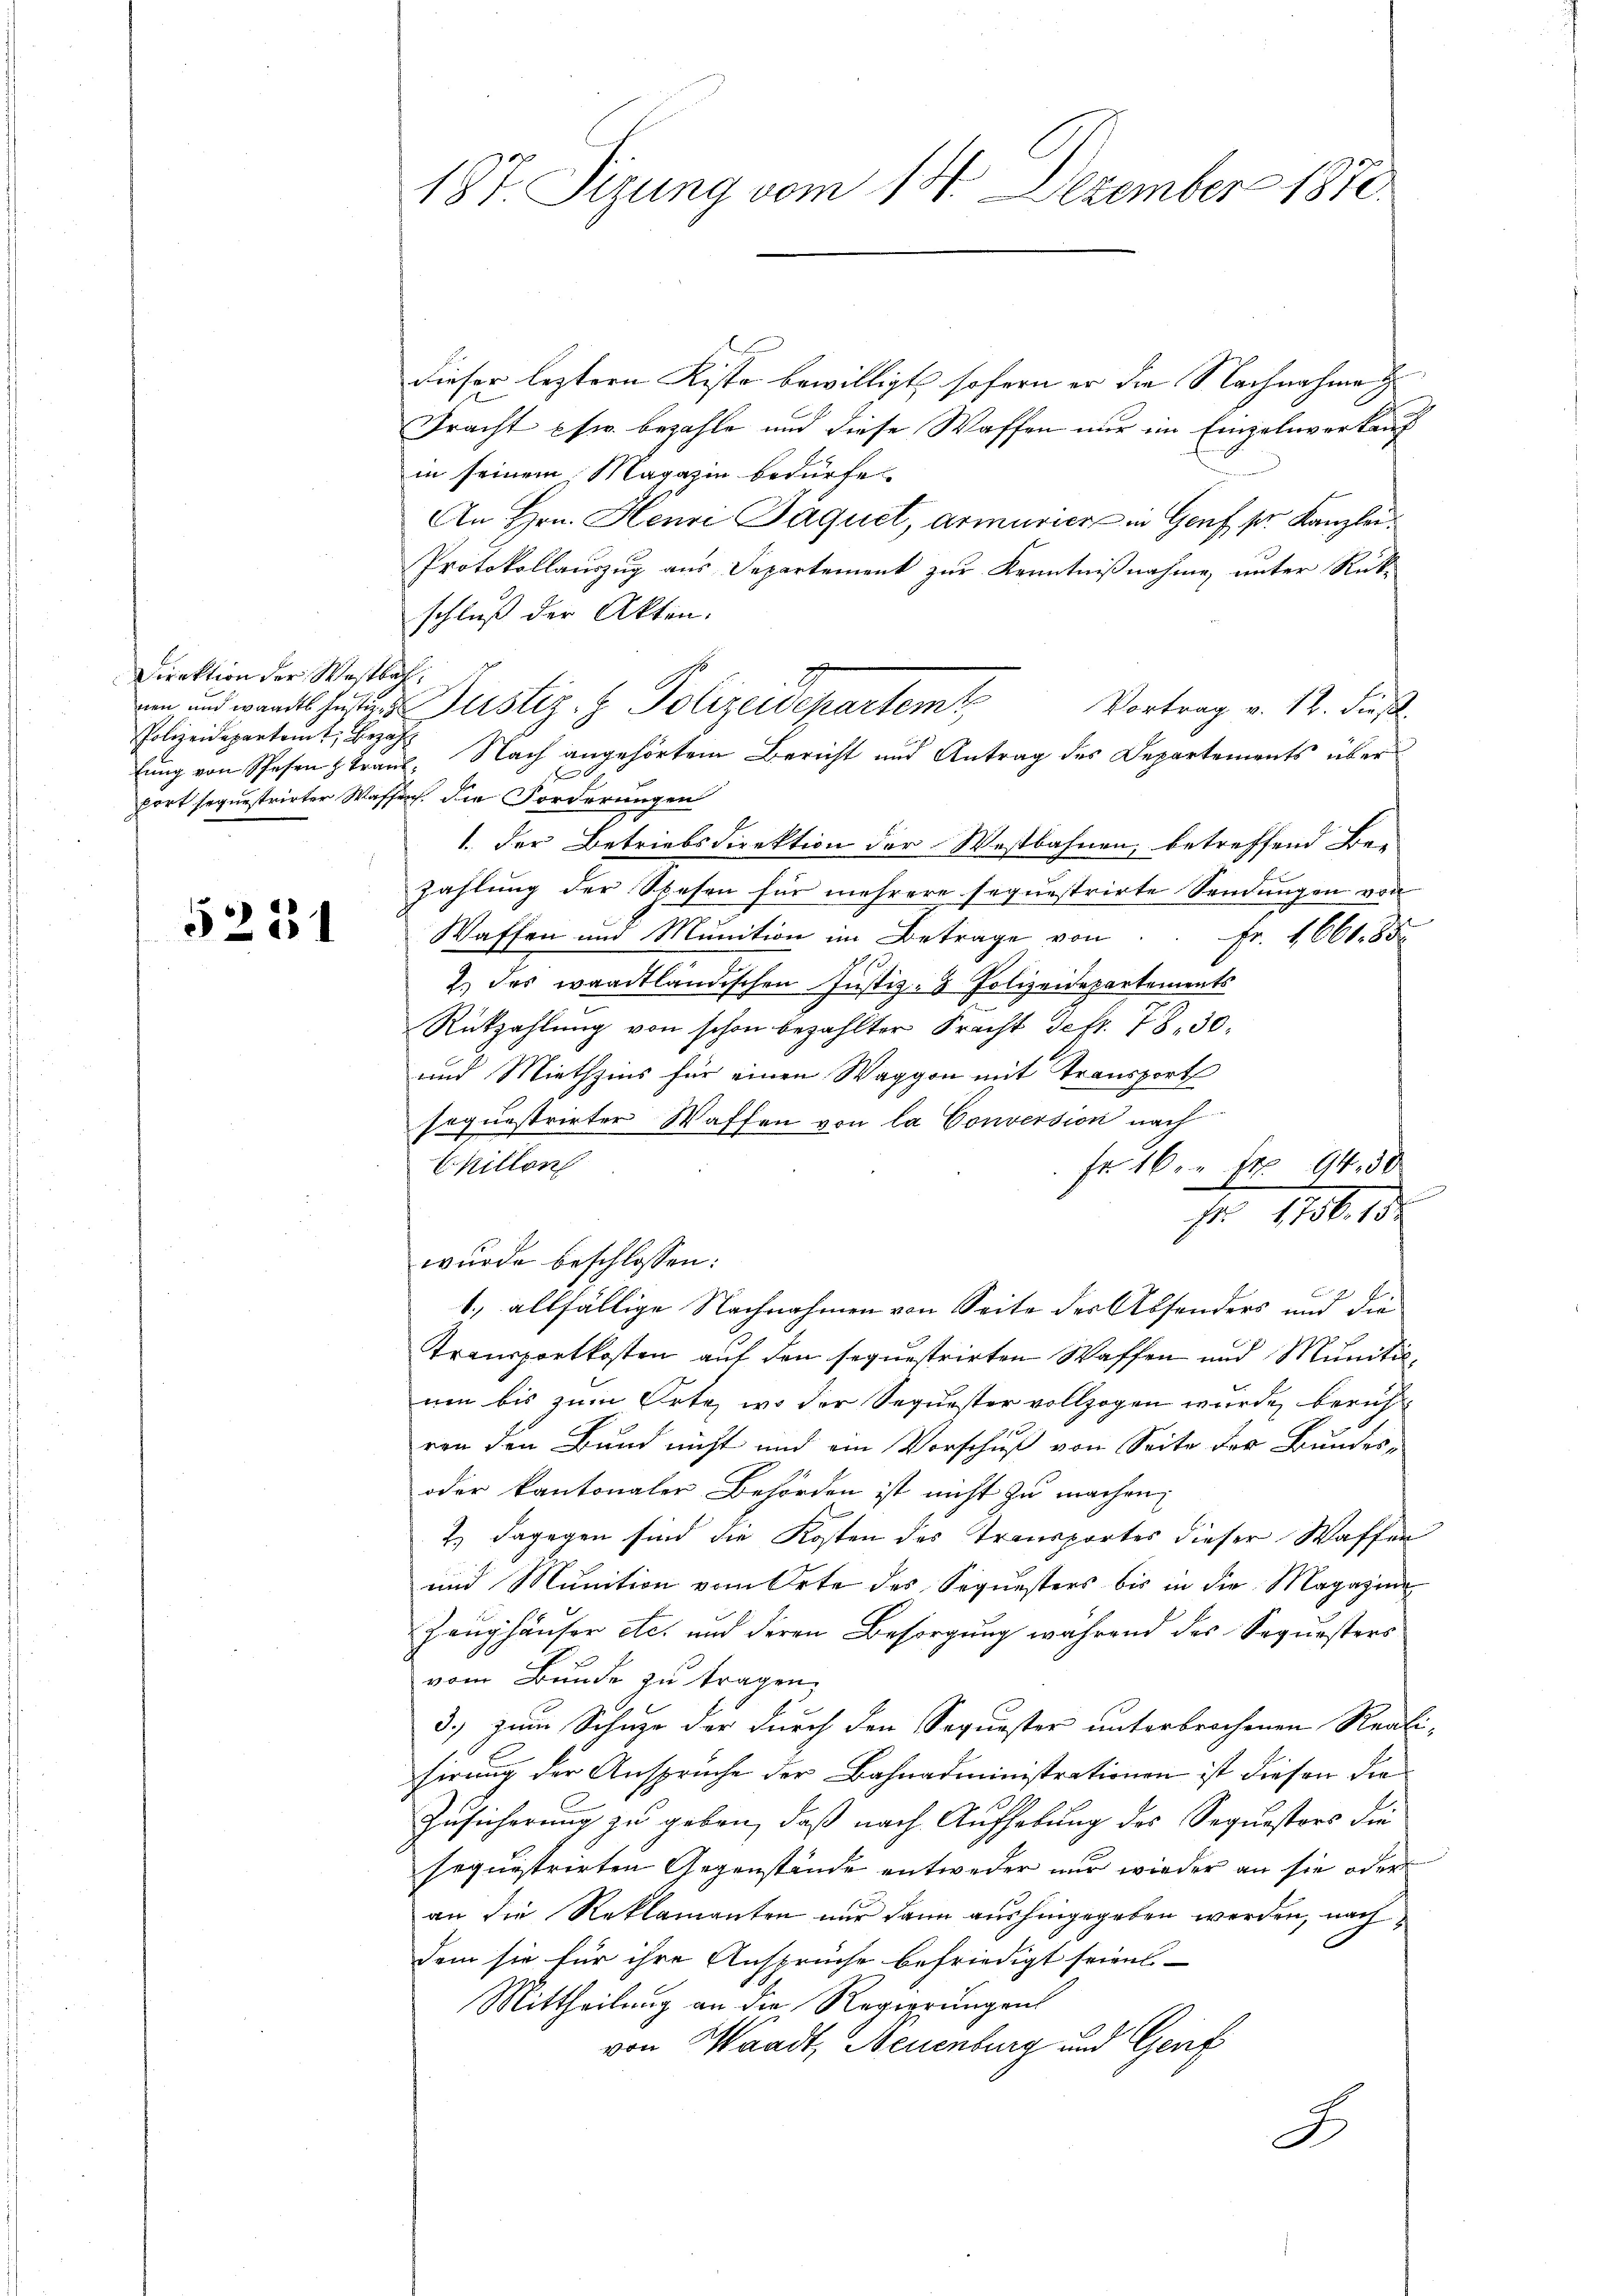
Direktion der Westbal¬
Polizeidepartamt Bezah¬

5224

dieser leztern Kiste bewilligt, sofern er die Nachnahme z
Fracht pfer bezahle und diese Waffen nur im Einzelnverkauf
in seinem Magazin bedürfe.
An Hrn. Heure Jaquet, armurier in Genf, pr. Kanzlei.
Protokollauszug aus Departement zur Kenntnißnahme, unter Rück-
schluß der Akten.
an und wandt hetende Justiz- & Polizeidepartemb
Vortrag v. 12. Finßl.
t
fort sequestrirter Wassen, die Forderungen
1. Der Betriebsdirektion der Westbahnen, betreffend Be-
zahlung der Spesen für mehrere sequestrirte Sendungen von
Waffen und Munition im Betrage von
Fr. 1661. 85
2.) Das waadtländischen Justiz- & Polizeidepartements
Rükzahlŭng von schon bezahlter Pracht defr. 78, 30.
und Miethzins für einen Waggon mit Transport
soquestrirter Waffen von la Conversion nach
Chillen
Fr 16. Fr. 94. 30
N 1756. 15
wurde beschlossen:
b. allfällige Nachnahmen von Seite der Absonders und die
Transportkosten auf den sequestrirten Waffen und Munitium bis zum Orte, wo der Sequester vollzogen wurde, beruht
ven den Bund nicht und ein Vorschuß von Seite der Bundes¬
oder kantonaler Behörden ist nicht zu machen,
2.) Dagegen sind die Kosten des Transportes dieser Waffen
und Munition vom Orte des Sequesters bis in die Magazine
Zeughäuser etc. und deren Besorgung während des Sequesters
vom Bunde zu tragen,
3.) zum Schuze der durch den Sequester unterbrochenen Reali-
sirung der Anspruche der Bahnadministrationen ist diesen die
Zusicherung zu geben, daß nach Aufhebung des Sequestors die
sequestrirten Gegenstände entweder nur wieder an sie oder
an die Reklamanten nur dann aushingegeben werden, nachdem sie für ihre Ansprüche befriedigt seien.
Mittheilung an die Regierungen
von Waadt, Neuenburg und Genf
B

187 Sizung vom 14. Dezember 1870

lung von Spesen traut. Nach angehörtem Bericht und Antrag des Departements über